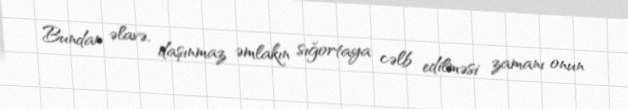
Bundan əlavə, daşınmaz əmlakın sığortaya cəlb edilməsi zamanı onun